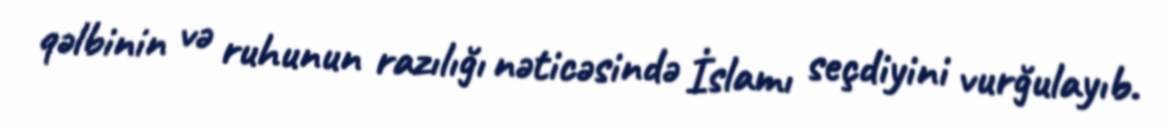
qəlbinin və ruhunun razılığı nəticəsində İslamı seçdiyini vurğulayıb.